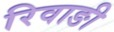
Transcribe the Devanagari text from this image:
रिवाङी